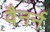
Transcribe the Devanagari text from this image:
वैनर्न